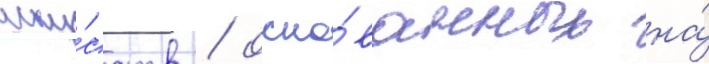
иску́сств / осно́ванных на́